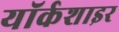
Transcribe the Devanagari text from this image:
यॉर्कशाइर